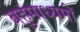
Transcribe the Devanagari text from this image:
बहुमाध्यमों